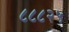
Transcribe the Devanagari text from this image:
८८८२५